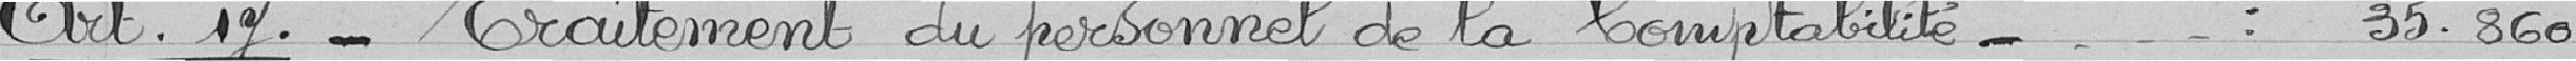
Art 17 : Traitement du personnel de la Comptabilité   : 35.860 francs